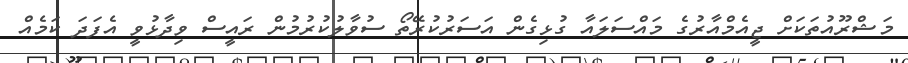
މަޝްރޫއުތަކަށް ޖީއެމްއާރުގެ މައްސަލައާ ގުޅިގެން އަސަރުކުރޭތޯ ސުވާލުކުރުމުން ރައީސް ވިދާޅުވީ އެފަދަ ކަމެއް